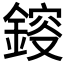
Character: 𨨿